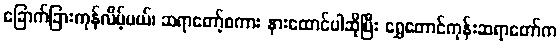
ခြောက်ခြားကုန်လိမ့်မယ်၊ ဆရာတော့်စကား နားထောင်ပါဆိုပြီး ရွှေတောင်ကုန်းဆရာတော်က